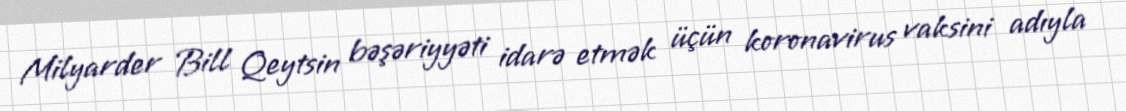
Milyarder Bill Qeytsin bəşəriyyəti idarə etmək üçün koronavirus vaksini adıyla